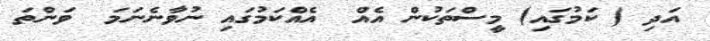
އަދި ( ކަމުގައި) މީސްތަކުން އެއް  އެއްކަމުގައި ނުވާނެނަމަ  ވަންތަ